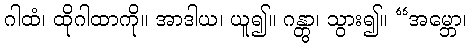
ဂါထံ၊ ထိုဂါထာကို။ အာဒါယ၊ ယူ၍။ ဂန္တွာ၊ သွား၍။ “အမ္ဘော၊